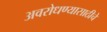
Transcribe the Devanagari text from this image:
अवरोधण्यासाठीचे